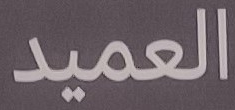
العميد